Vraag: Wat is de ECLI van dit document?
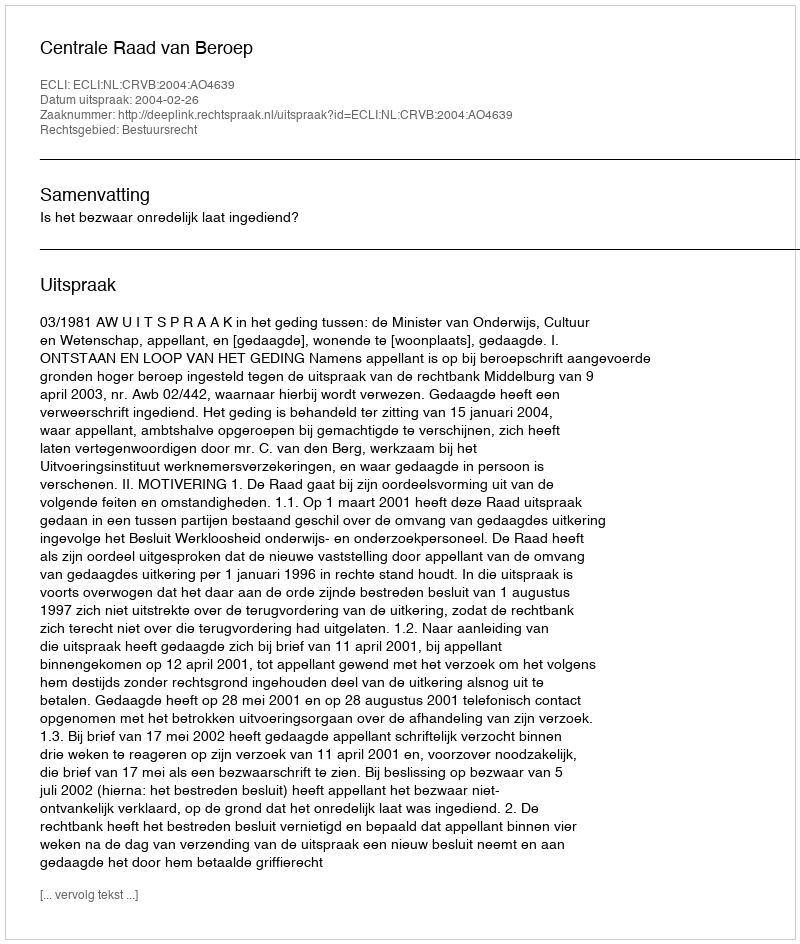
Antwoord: ECLI:NL:CRVB:2004:AO4639